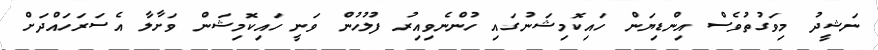
ނަޝީދު މިވަގުތުވެސް އިންޑިޔަން ހައިކޮމިޝަނުގައި ހުންނެވިއިރު ފުލުހުން ވަނީ ހައިކޮމިޝަން ވަށާލާ އެސަރަހައްދަށް